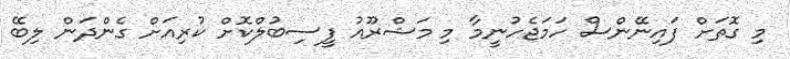
މި ގޮތަށް ފައިނޭންސް ހަމަޖެހުނީމާ މި މަޝްރޫއު ފީސިބުލްކޮށް ކުރިއަށް ގެންދަން ލިބޭ